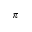
\pi